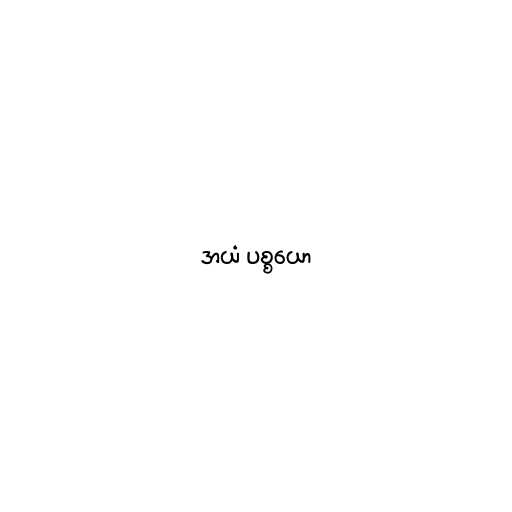
အယံ ပစ္စယော